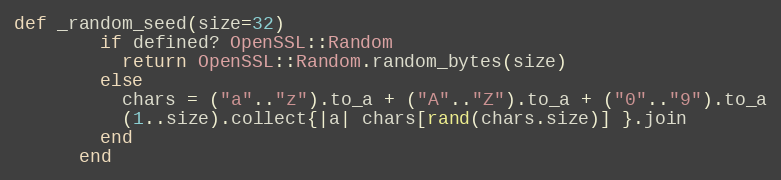
Language: Ruby
def _random_seed(size=32)
        if defined? OpenSSL::Random
          return OpenSSL::Random.random_bytes(size)
        else
          chars = ("a".."z").to_a + ("A".."Z").to_a + ("0".."9").to_a
          (1..size).collect{|a| chars[rand(chars.size)] }.join
        end
      end